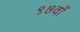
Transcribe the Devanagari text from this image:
९७वाँ